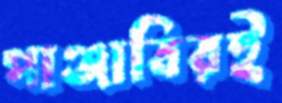
পাঞ্জাবিরই